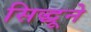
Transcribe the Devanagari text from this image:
सिद्धूने